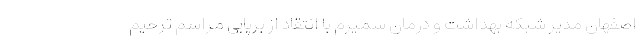
اصفهان مدیر شبکه بهداشت و درمان سمیرم با انتقاد از برپایی مراسم‌ ترحیم